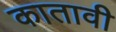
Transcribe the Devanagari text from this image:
कातावी